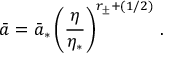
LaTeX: \bar { a } = \bar { a } _ { * } \left( { \frac { \eta } { \eta _ { * } } } \right) ^ { r _ { \pm } + ( 1 / 2 ) } \, .